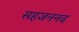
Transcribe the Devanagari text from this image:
सहजननद